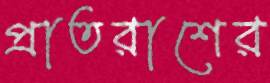
প্রাতরাশের